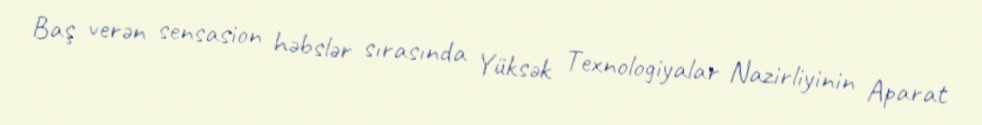
Baş verən sensasion həbslər sırasında Yüksək Texnologiyalar Nazirliyinin Aparat